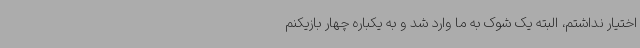
اختیار نداشتم، البته یک شوک به ما وارد شد و به یکباره چهار بازیکنم